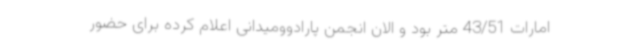
امارات 43/51 متر بود و الان انجمن پارادوومیدانی اعلام کرده برای حضور